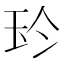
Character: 𰡳